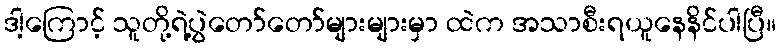
ဒါ့ကြောင့် သူတို့ရဲ့ပွဲတော်တော်များများမှာ ထဲက အသာစီးရယူနေနိင်ပါပြီ။